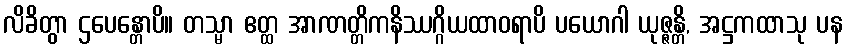
လိခိတွာ ဌပေန္တောပိ။ တသ္မာ ဧတ္ထ အာဏတ္တိကနိဿဂ္ဂိယထာဝရာပိ ပယောဂါ ယုဇ္ဇန္တိ, အဋ္ဌကထာသု ပန